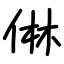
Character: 㑣